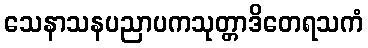
သေနာသနပညာပကသုတ္တာဒိတေရသကံ